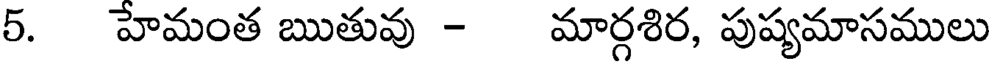
5. హేమంత ఋతువు - మార్గశిర, పుష్యమాసములు